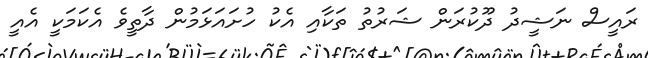
ރައީސް ނަޝީދު ދޫކުރަން ޝަރުތު ތަކާއި އެކު ހުށައަޅަމުން ދާތީވެ އެކަމަކީ އެއީ